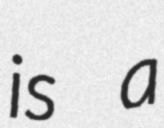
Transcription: is a